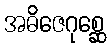
အဓိဇေဂုစ္ဆေ